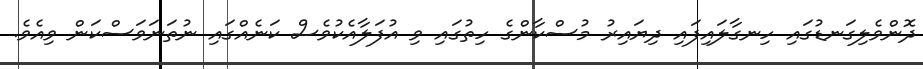
ދޮންވެލިގަނޑުގައި ހިނގާލައިފައި ދިޔައިރު މުސްކާންގެ ހިތުގައި ވި އުފަލާއެކުވެސް ކަނެއްގައި ނުތަނަވަސްކަން ވިއެވެ.